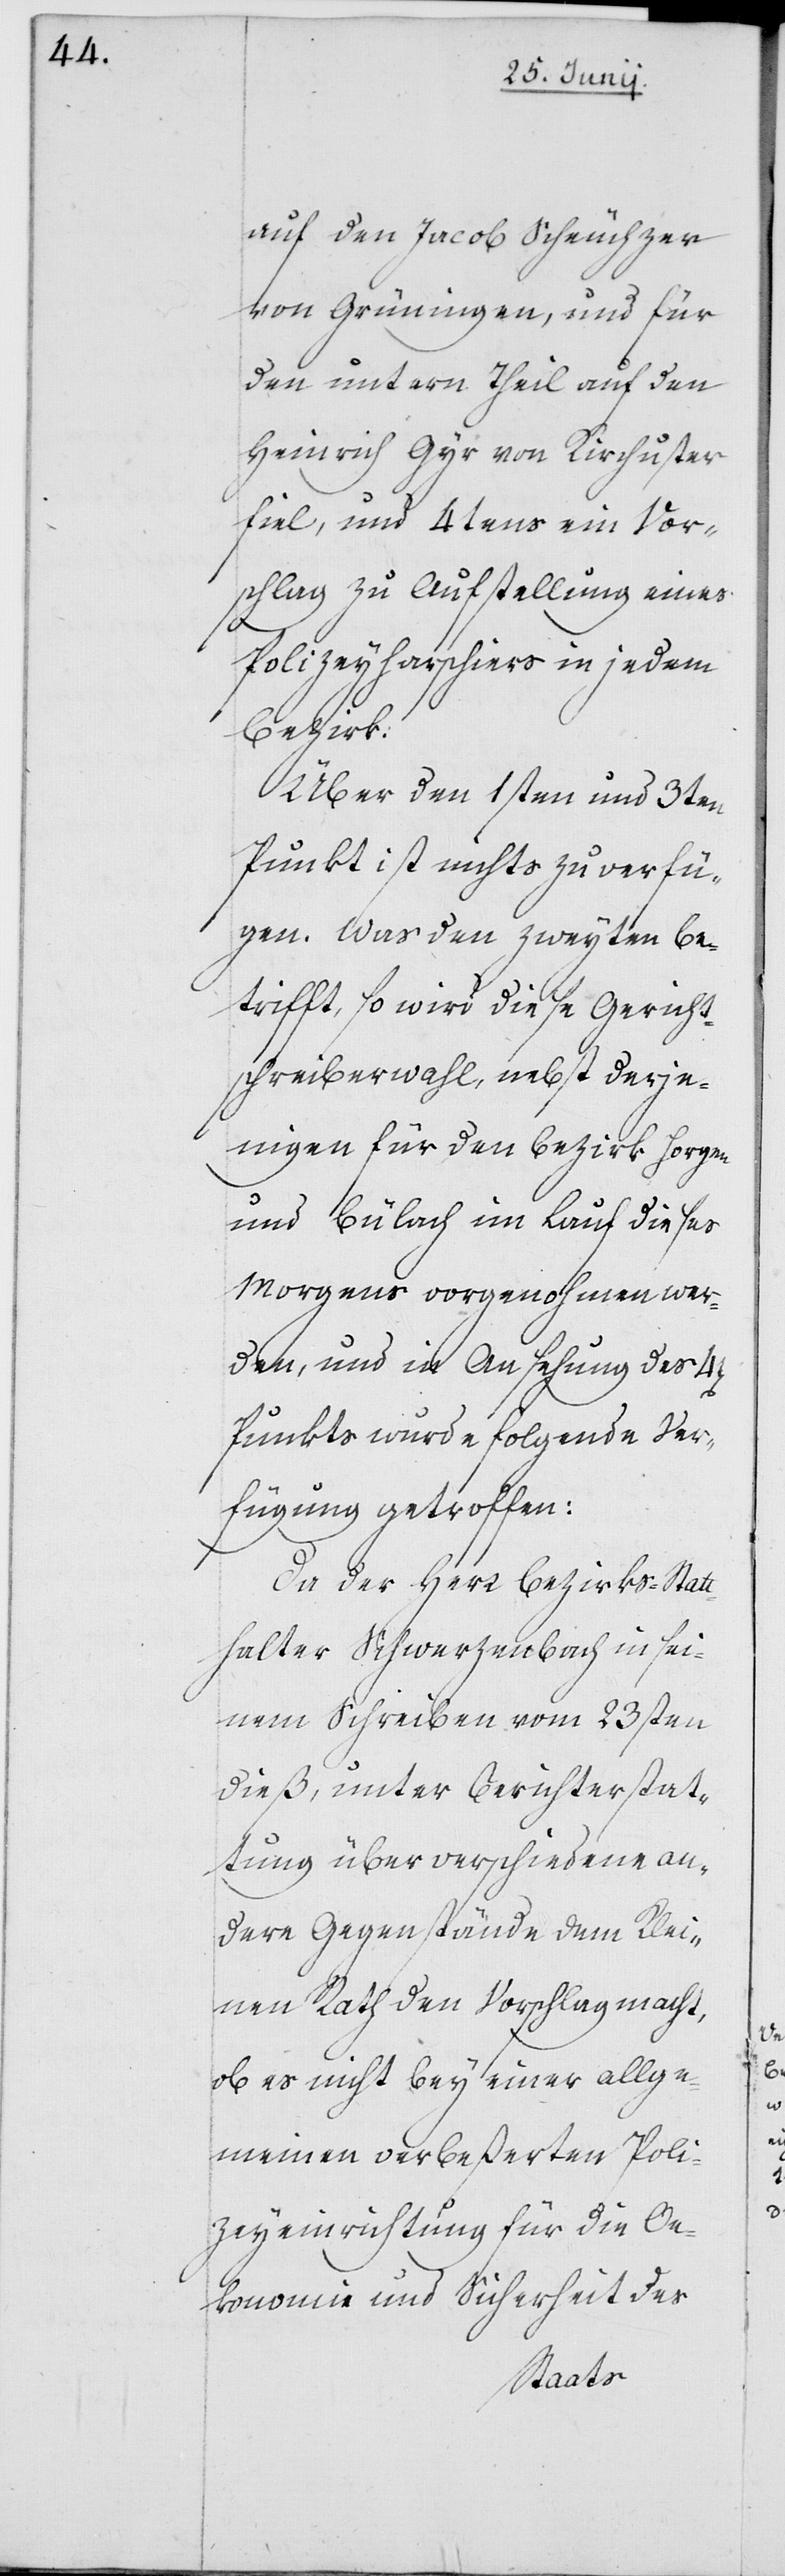
auf den Jacob Scheuchzer
von Grüningen, und für
den untern Theil auf den
Heinrich Gyr von Kirchuster
fiel, und 4tens ein Vor¬
schlag zu Aufstellung eines
Polizeyharschiers in jedem
Bezirk.
Über den 1sten und 3ten
Punkt ist nichts zu verfü¬
gen. Was den zweyten be¬
trifft, so wird diese Gericht¬
schreiberwahl, nebst derje¬
nigen für den Bezirk Horgen
und Bülach im Lauf dieses
Morgens vorgenohmen wer¬
den, und in Ansehung des
Punkts wurde folgende Ver¬
fügung getroffen:
Da der Herr Bezirks-Statt¬
halter Schwerzenbach in sei¬
nem Schreiben vom 23sten
dieß, unter Berichterstat¬
tung über verschiedene an¬
dere Gegenstände dem Klei¬
nen Rath den Vorschlag macht,
ob es nicht bey einer allge¬
meinen verbeßerten Poli¬
zeyeinrichtung für die Oe¬
konomie und Sicherheit des